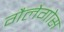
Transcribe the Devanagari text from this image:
गैलेगोस